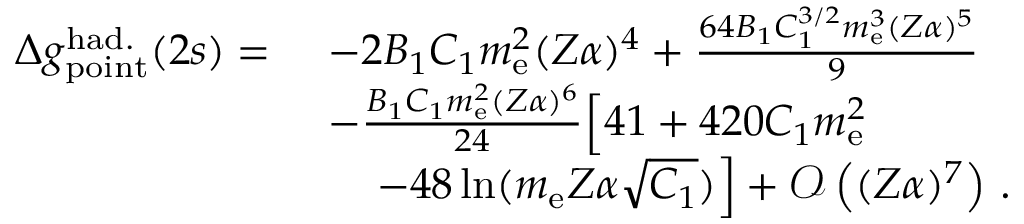
\begin{array} { r l } { \Delta { g } _ { \mathrm { p o i n t } } ^ { \mathrm { h a d . } } ( 2 s ) = \ } & { - 2 B _ { 1 } C _ { 1 } m _ { \mathrm { e } } ^ { 2 } ( Z \alpha ) ^ { 4 } + \frac { 6 4 B _ { 1 } C _ { 1 } ^ { 3 / 2 } m _ { \mathrm { e } } ^ { 3 } ( Z \alpha ) ^ { 5 } } { 9 } } \\ & { - \frac { B _ { 1 } C _ { 1 } m _ { \mathrm { e } } ^ { 2 } ( Z \alpha ) ^ { 6 } } { 2 4 } \Big [ 4 1 + 4 2 0 C _ { 1 } m _ { \mathrm { e } } ^ { 2 } } \\ & { \left. \quad - 4 8 \ln ( m _ { \mathrm { e } } Z \alpha \sqrt { C _ { 1 } } ) \right] + \mathcal { O } \left( ( Z \alpha ) ^ { 7 } \right) \, . } \end{array}